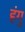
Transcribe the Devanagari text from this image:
हंगु